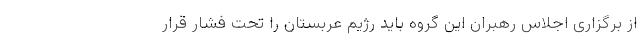
از برگزاری اجلاس رهبران این گروه باید رژیم عربستان را تحت فشار قرار